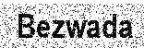
Bezwada